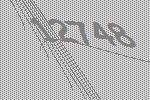
12748